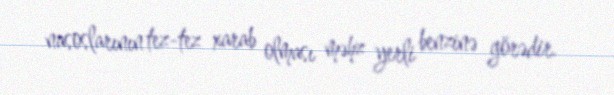
nasoslarının tez-tez xarab olması məhz yerli benzinə görədir.